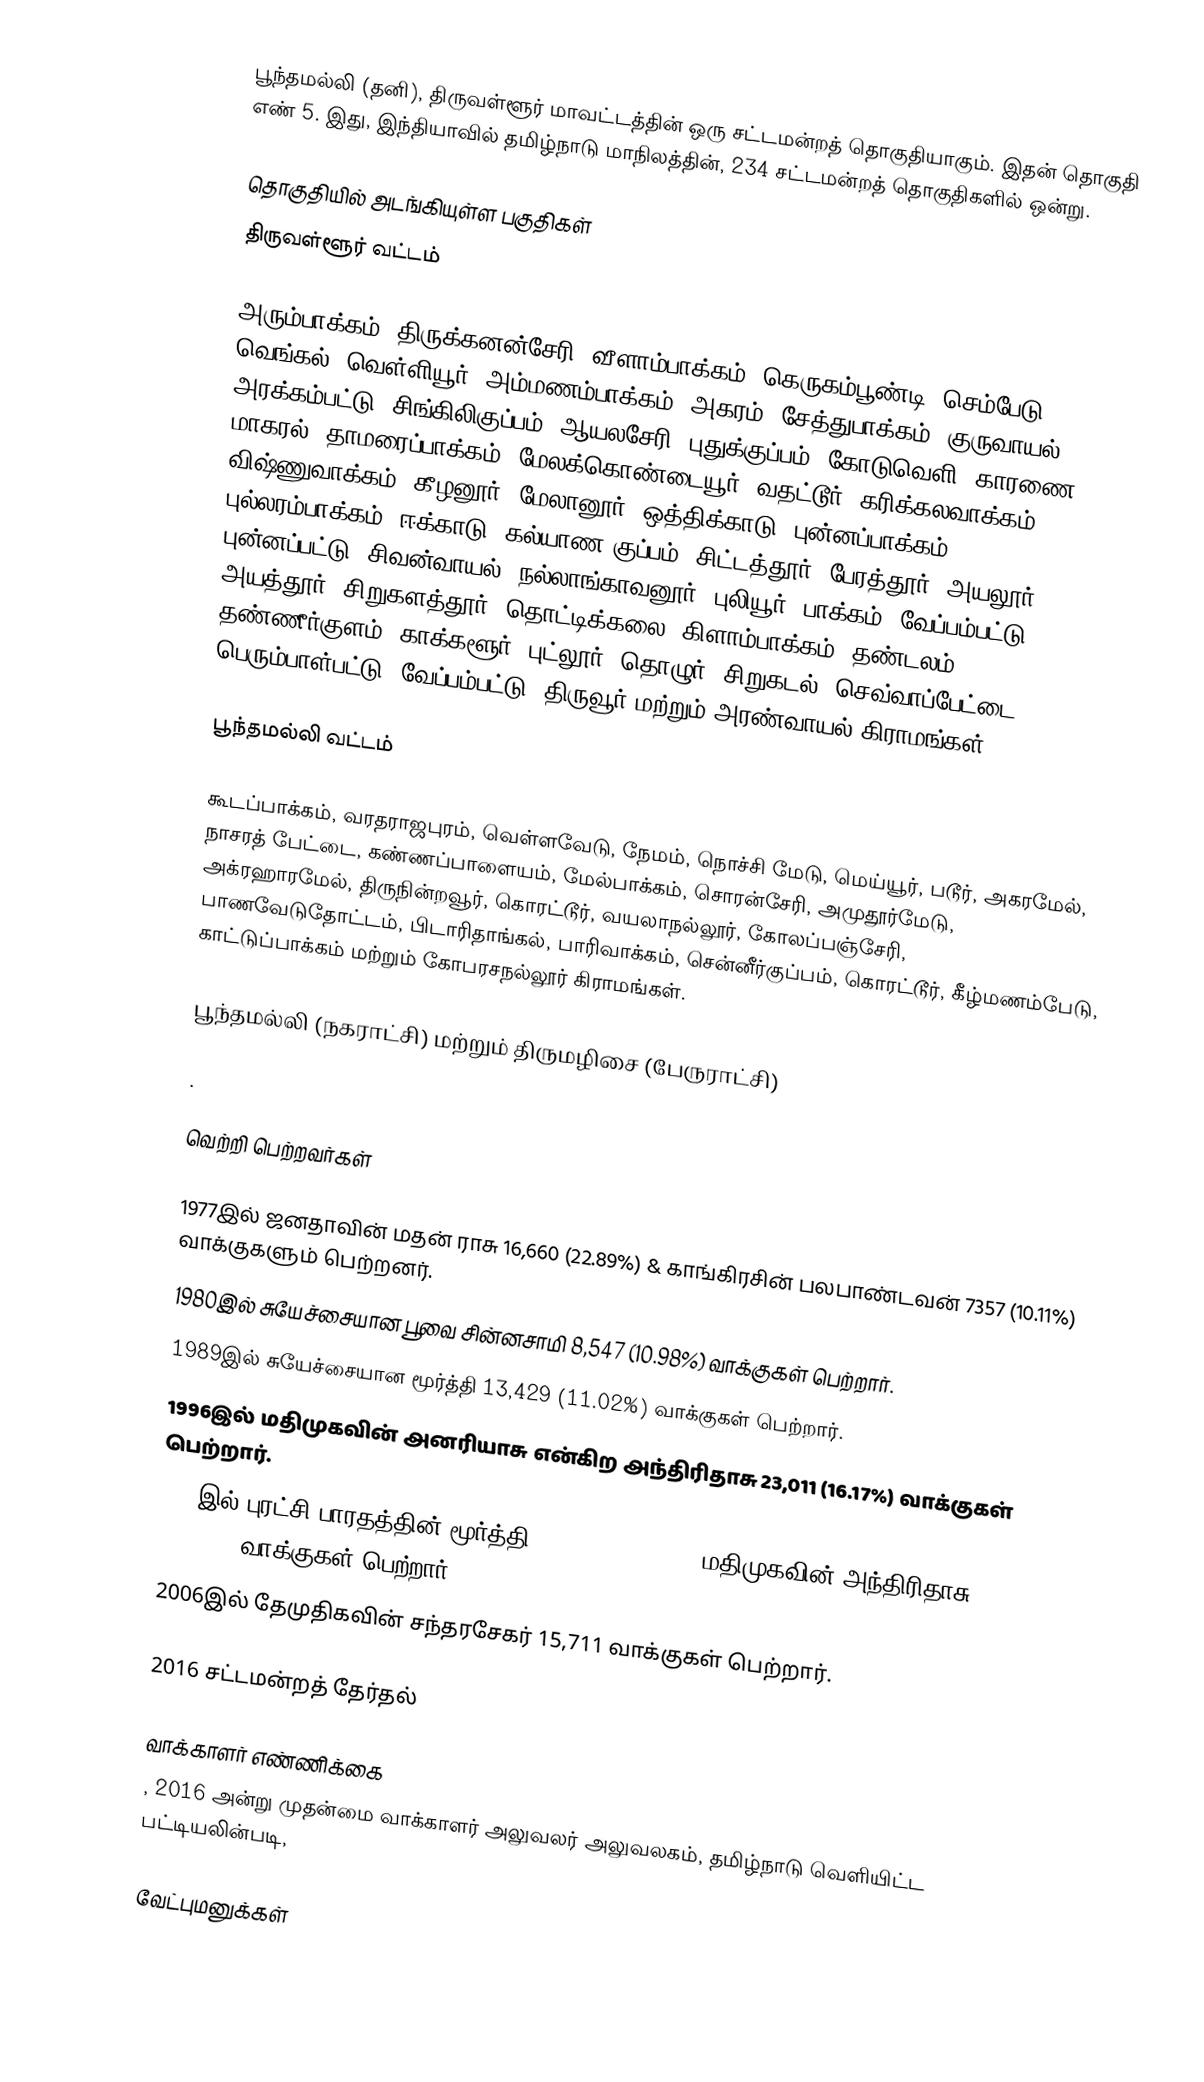
பூந்தமல்லி (தனி), திருவள்ளூர் மாவட்டத்தின் ஒரு சட்டமன்றத் தொகுதியாகும். இதன் தொகுதி எண் 5. இது, இந்தியாவில் தமிழ்நாடு மாநிலத்தின், 234 சட்டமன்றத் தொகுதிகளில் ஒன்று.

தொகுதியில் அடங்கியுள்ள பகுதிகள்
திருவள்ளூர் வட்டம்

அரும்பாக்கம், திருக்கனன்சேரி, வீளாம்பாக்கம், கெருகம்பூண்டி, செம்பேடு, வெங்கல், வெள்ளியூர், அம்மணம்பாக்கம், அகரம், சேத்துபாக்கம், குருவாயல், அரக்கம்பட்டு, சிங்கிலிகுப்பம், ஆயலசேரி, புதுக்குப்பம், கோடுவெளி, காரணை, மாகரல், தாமரைப்பாக்கம், மேலக்கொண்டையூர், வதட்டூர், கரிக்கலவாக்கம், விஷ்ணுவாக்கம், கீழனூர், மேலானூர், ஒத்திக்காடு, புன்னப்பாக்கம், புல்லரம்பாக்கம், ஈக்காடு, கல்யாண குப்பம், சிட்டத்தூர், பேரத்தூர், அயலூர், புன்னப்பட்டு, சிவன்வாயல், நல்லாங்காவனூர், புலியூர், பாக்கம், வேப்பம்பட்டு, அயத்தூர், சிறுகளத்தூர், தொட்டிக்கலை, கிளாம்பாக்கம், தண்டலம், தண்ணீர்குளம், காக்களூர், புட்லூர், தொழுர், சிறுகடல், செவ்வாப்பேட்டை, பெரும்பாள்பட்டு, வேப்பம்பட்டு, திருவூர் மற்றும் அரண்வாயல் கிராமங்கள்.

பூந்தமல்லி வட்டம்

கூடப்பாக்கம், வரதராஜபுரம், வெள்ளவேடு, நேமம், நொச்சி மேடு, மெய்யூர், படூர், அகரமேல், நாசரத் பேட்டை, கண்ணப்பாளையம், மேல்பாக்கம், சொரன்சேரி, அமுதூர்மேடு, அக்ரஹாரமேல், திருநின்றவூர், கொரட்டூர், வயலாநல்லூர், கோலப்பஞ்சேரி, பாணவேடுதோட்டம், பிடாரிதாங்கல், பாரிவாக்கம், சென்னீர்குப்பம், கொரட்டூர், கீழ்மணம்பேடு, காட்டுப்பாக்கம் மற்றும் கோபரசநல்லூர் கிராமங்கள்.

பூந்தமல்லி (நகராட்சி) மற்றும் திருமழிசை (பேருராட்சி)

.

வெற்றி பெற்றவர்கள்

1977இல் ஜனதாவின் மதன் ராசு 16,660 (22.89%) & காங்கிரசின் பலபாண்டவன் 7357 (10.11%) வாக்குகளும் பெற்றனர்.
1980இல் சுயேச்சையான பூவை சின்னசாமி 8,547 (10.98%) வாக்குகள் பெற்றார்.
1989இல் சுயேச்சையான மூர்த்தி 13,429 (11.02%) வாக்குகள் பெற்றார்.
1996இல் மதிமுகவின் அனரியாசு என்கிற அந்திரிதாசு 23,011 (16.17%) வாக்குகள் பெற்றார்.
2001இல் புரட்சி பாரதத்தின் மூர்த்தி 21,194 (12.78%) & மதிமுகவின் அந்திரிதாசு 17,628 (10.63%) வாக்குகள் பெற்றார்.
2006இல் தேமுதிகவின் சந்தரசேகர் 15,711 வாக்குகள் பெற்றார்.

2016 சட்டமன்றத் தேர்தல்

வாக்காளர் எண்ணிக்கை
, 2016 அன்று முதன்மை வாக்காளர் அலுவலர் அலுவலகம், தமிழ்நாடு வெளியிட்ட பட்டியலின்படி,

வேட்புமனுக்கள்